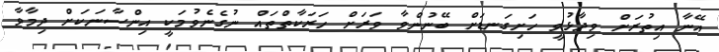
އޭނާ އިތުރަށް ވިދާޅުވީ ހަށިގަނޑަށް ބޭނުންވާ ވަރަށް ހަރަކާތްތައް ނުގެނެވުމަކީ އިންސާނަކަށް ދިމާވާ